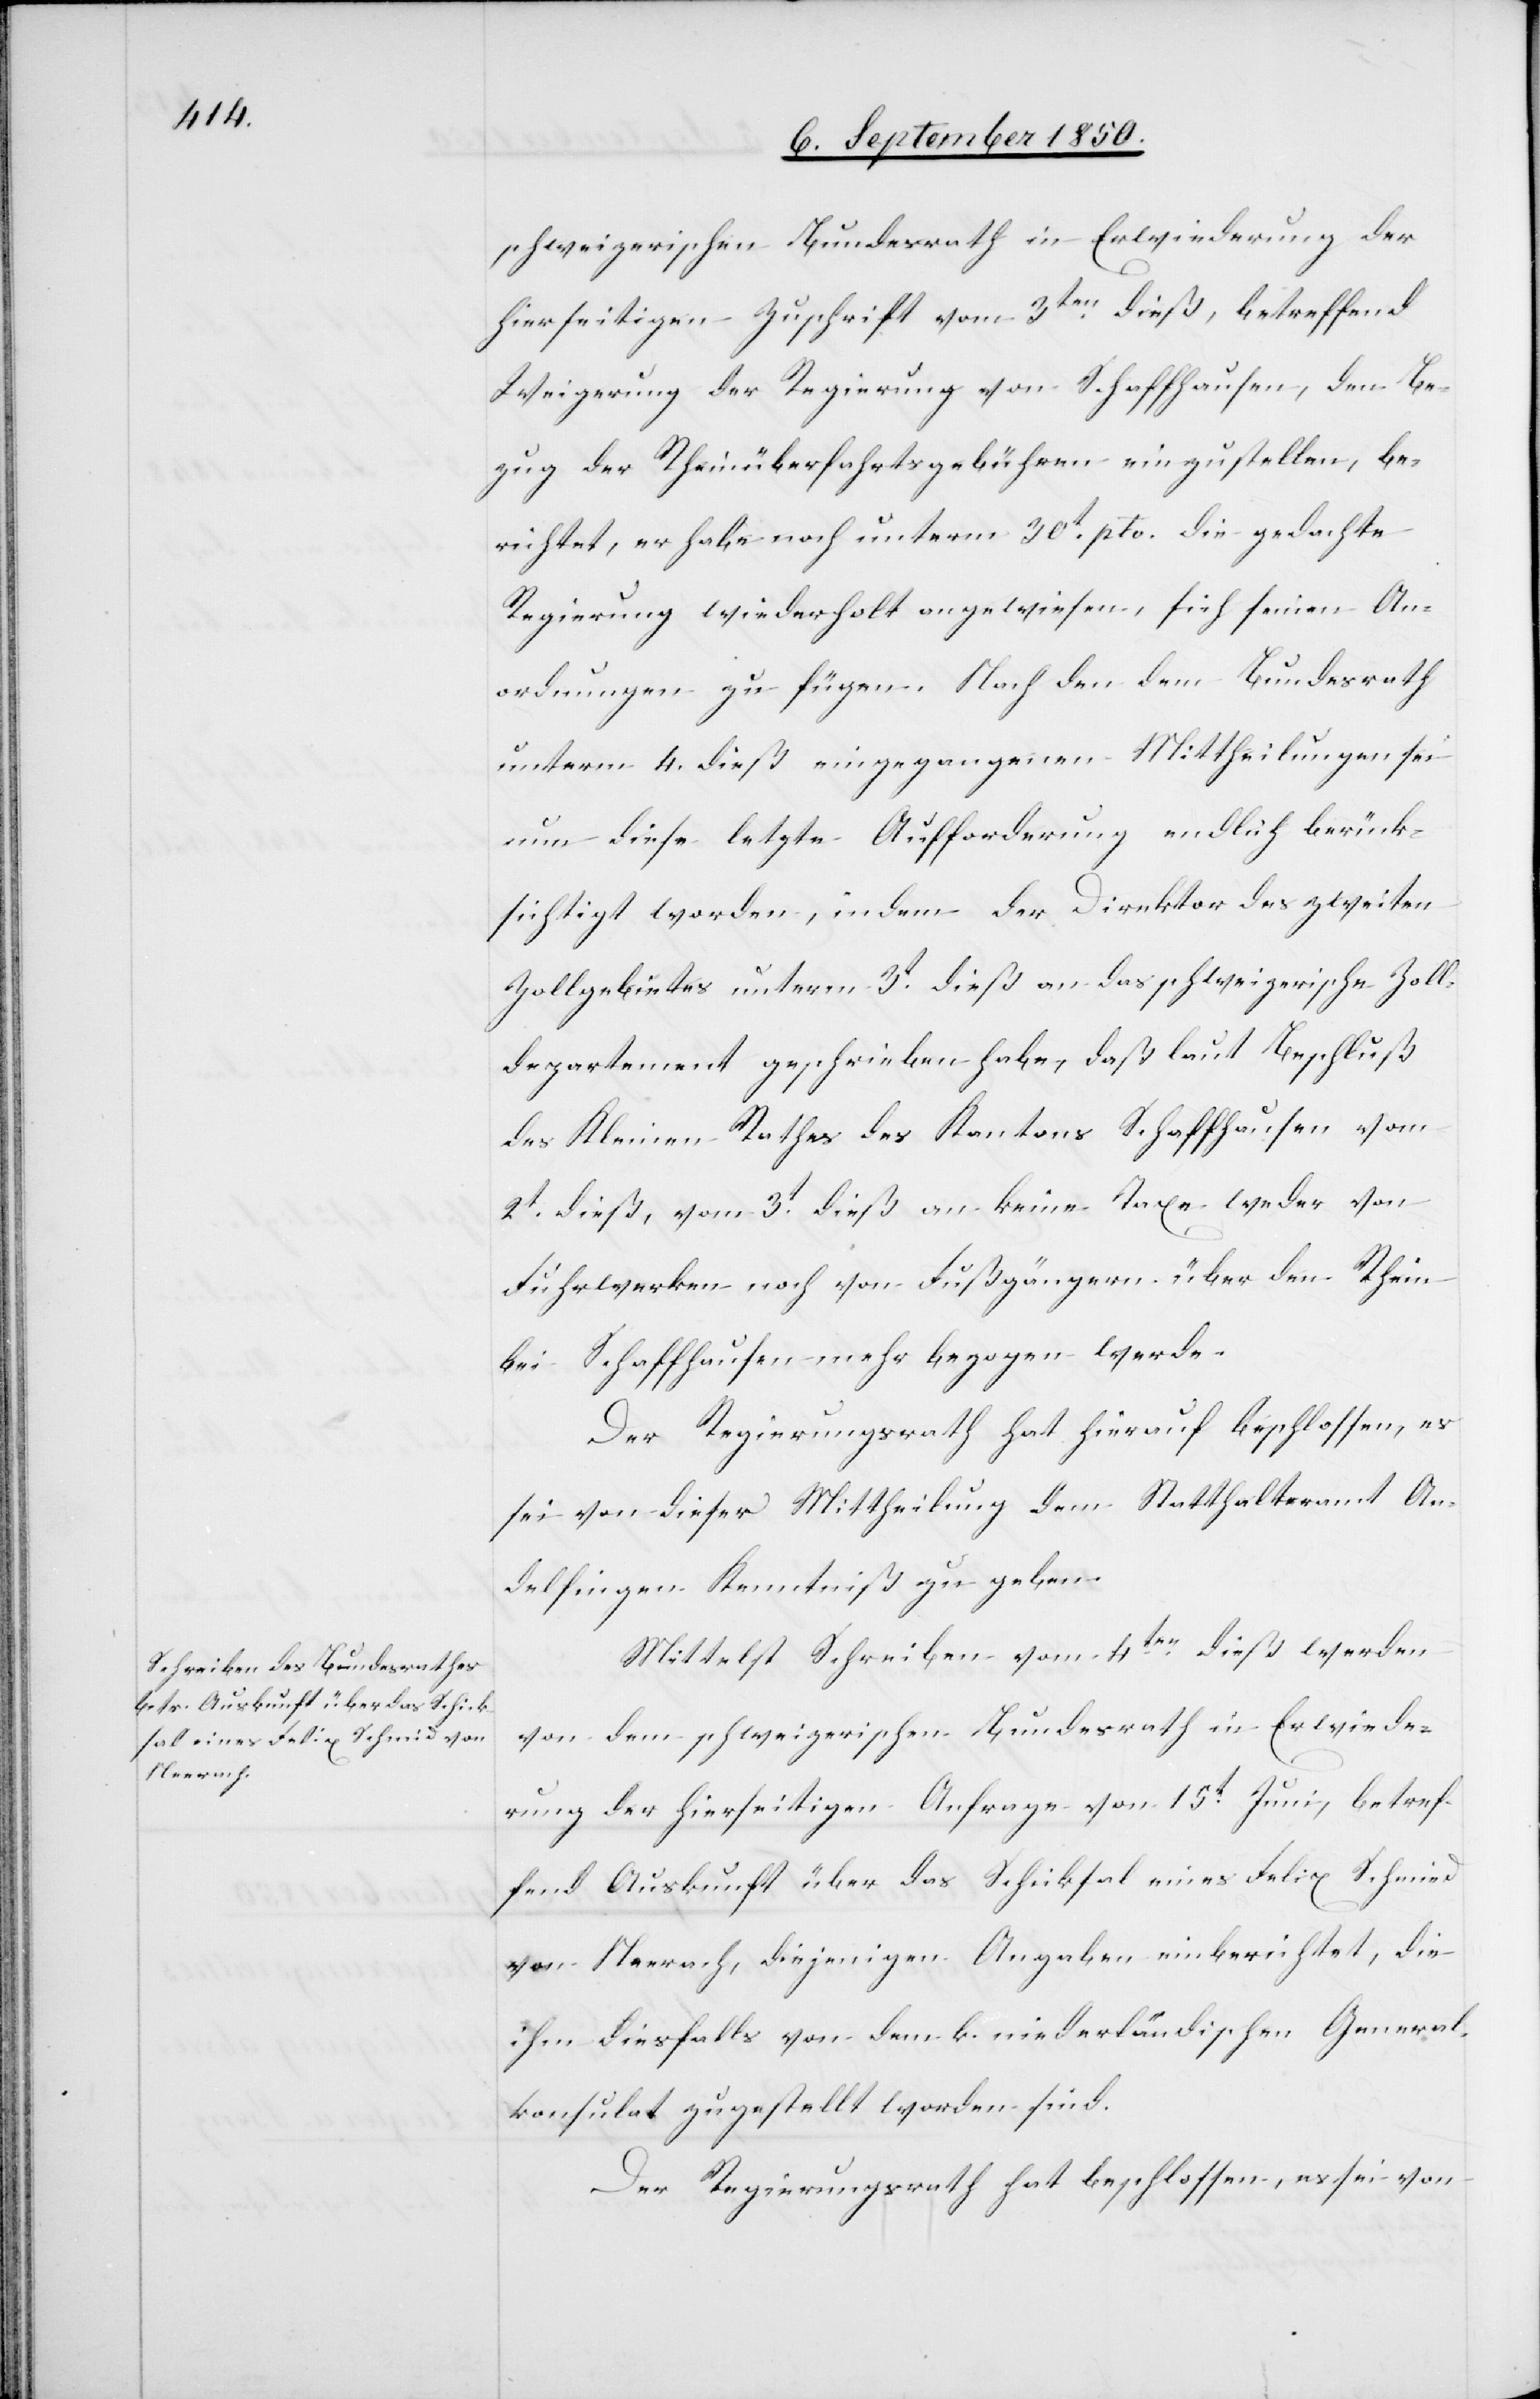
schweizerischen Bundesrath in Erwiederung der
hierseitigen Zuschrift vom 3ten dieß, betreffend
Weigerung der Regierung von Schaffhausen, den Be¬
zug der Rheinüberfahrtsgebühren einzustellen, be¬
richtet, er habe noch unterm 30t pto. die gedachte
Regierung wiederholt angewiesen, sich seinen An¬
ordnungen zu fügen. Nach den dem Bundesrath
unterm 4. dieß eingegangenen Mittheilungen sei
nun diese letzte Aufforderung endlich berück¬
sichtigt worden, indem der Direktor des zweiten
Zollgebietes unterm 3t dieß an das schweizerische Zoll¬
departement geschrieben habe, daß laut Beschluß
des Kleinen Rathes des Kantons Schaffhausen vom
2t dieß, vom 3t dieß an keine Taxe weder von
Fuhrwerken noch von Fußgängern über den Rhein
bei Schaffhausen mehr bezogen werde.
Der Regierungsrath hat hierauf beschlossen, es
sei von dieser Mittheilung dem Statthalteramt An¬
delfingen Kenntniß zu geben.
Mittelst Schreiben vom 4ten dieß werden
von dem schweizerischen Bundesrath in Erwiede¬
rung der hierseitigen Anfrage von 15t Juni, betref¬
fend Auskunft über das Schicksal eines Felix Schmied
von Neerach, diejenigen Angaben einberichtet, die
ihm diesfalls von dem k. niederländischen General¬
konsulat zugestellt worden sind.
Der Regierungsrath hat beschlossen, es sei von